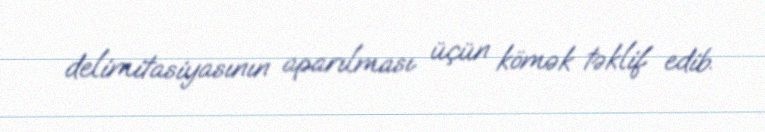
delimitasiyasının aparılması üçün kömək təklif edib.